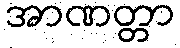
အာဏတ္တာ